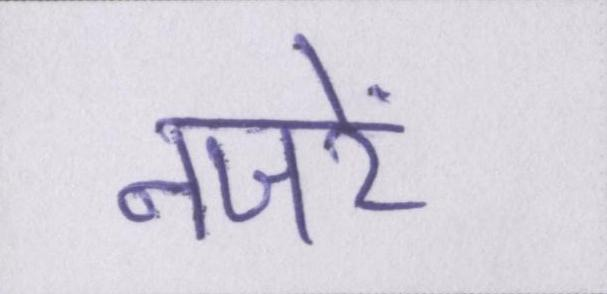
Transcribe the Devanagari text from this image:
नजरें